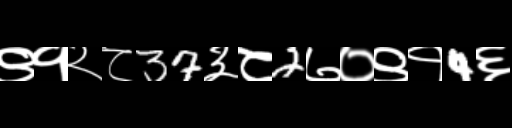
Text: ९१२८37३८2७०९१4६